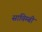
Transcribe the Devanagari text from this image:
साविम्बी